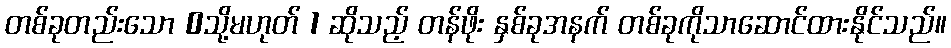
တစ်ခုတည်းသော 0သို့မဟုတ် 1 ဆိုသည့် တန်ဖိုး နှစ်ခုအနက် တစ်ခုကိုသာဆောင်ထားနိုင်သည်။